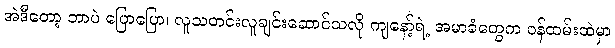
အဲဒီတော့ ဘာပဲ ပြောပြော၊ လူသတင်းလူချင်းဆောင်သလို ကျနော့်ရဲ့ အမာခံတွေက ဝန်ထမ်းထဲမှာ